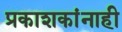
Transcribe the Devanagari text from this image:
प्रकाशकांनाही